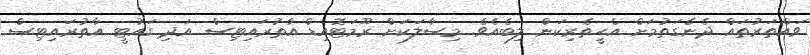
ވައްތަރުތައް ދެނެގަތުމަށް އެހީތެރިކަން ލިބެއެވެ. މިސާލަކަށް ރޫމަޓޮއިޑް އާތުރައިޓިސް އަދި ގައުޓީ އާތުރައިޓިސް